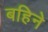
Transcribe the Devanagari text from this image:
बहिने